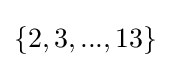
\{2,3,...,13\}